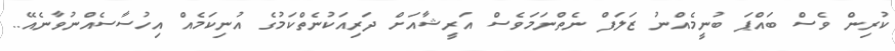
ކުރިން ވެސް ބައްޕަ ބުނީމެއްނު ޒަލަފް ނެތްނަމަވެސް އަރީޝާއަށް ދަރިއަކުނެތްކަމުގެ އުނިކަމެއް އިހުސާސެއްނުވާނެއޭ..